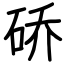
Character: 硚